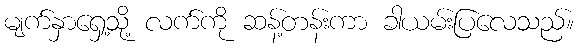
မျက်နှာရှေ့သို့ လက်ကို ဆန့်တန်းကာ ခါယမ်းပြလေသည်။